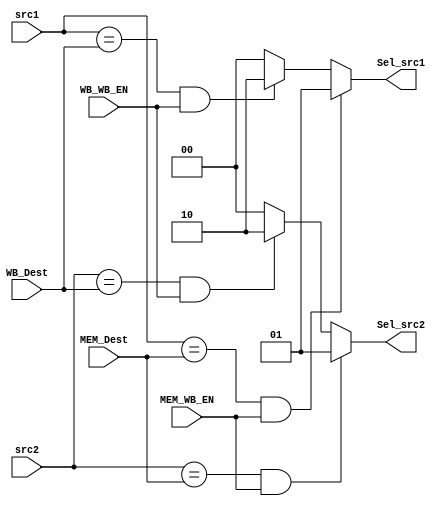
module Forwarding_Unit(
  src1,
  src2,
  WB_WB_EN,
  MEM_WB_EN,
  MEM_Dest,
  WB_Dest,
  Sel_src1,
  Sel_src2
  );

  input[3:0] src1,src2,MEM_Dest,WB_Dest;
  input WB_WB_EN,MEM_WB_EN;

  output reg[1:0] Sel_src1, Sel_src2;

  always@(*)begin
    if(src1 == MEM_Dest && MEM_WB_EN)
      Sel_src1=2'd1;
    else if(src1 == WB_Dest && WB_WB_EN)
      Sel_src1=2'd2;
    else
      Sel_src1=2'd0;
  end

  always@(*)begin
    if(src2 == MEM_Dest && MEM_WB_EN)
      Sel_src2=2'd1;
    else if(src2 == WB_Dest && WB_WB_EN)
      Sel_src2=2'd2;
    else
      Sel_src2=2'd0;
  end

endmodule